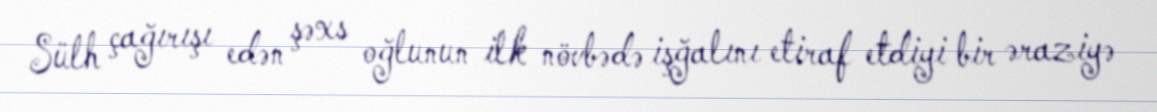
Sülh çağırışı edən şəxs oğlunun ilk növbədə işğalını etiraf etdiyi bir əraziyə